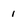
Character: 1